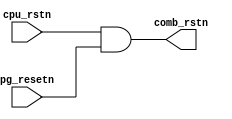
/*
 Licensed under the Apache License, Version 2.0 (the "License");         
 you may not use this file except in compliance with the License.        
 You may obtain a copy of the License at                                 
                                                                         
     http://www.apache.org/licenses/LICENSE-2.0                          
                                                                         
  Unless required by applicable law or agreed to in writing, software    
 distributed under the License is distributed on an "AS IS" BASIS,       
 WITHOUT WARRANTIES OR CONDITIONS OF ANY KIND, either express or implied.
 See the License for the specific language governing permissions and     
 limitations under the License.      
*/

//==============================================================||
// Description: 						||
//	      		reset combine block               	|| 
// History:   							||
//                      2017/9/26 				||
//                      First version				||
//===============================================================

module reset_comb (
input wire cpu_rstn,				//cpu reset, active low
input wire pg_resetn,				//power gating reset, active low
output wire comb_rstn				//combined reset,active low

);



assign comb_rstn = cpu_rstn && pg_resetn;

endmodule